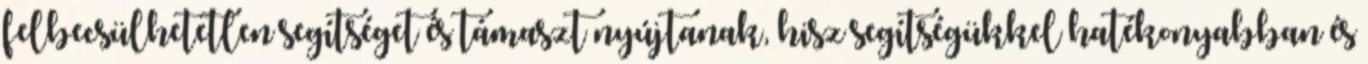
felbecsülhetetlen segítséget és támaszt nyújtanak, hisz segítségükkel hatékonyabban és